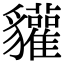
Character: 貛